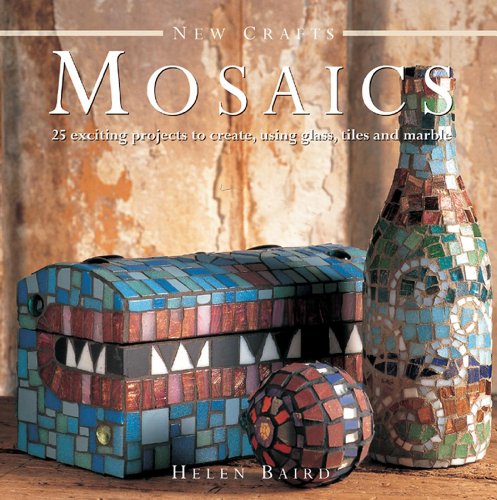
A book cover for New Crafts: Mosaics: 25 exciting projects to create, using glass, tiles and marble; Helen Baird; Crafts, Hobbies & Home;